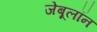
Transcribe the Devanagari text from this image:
जेबूलॉन